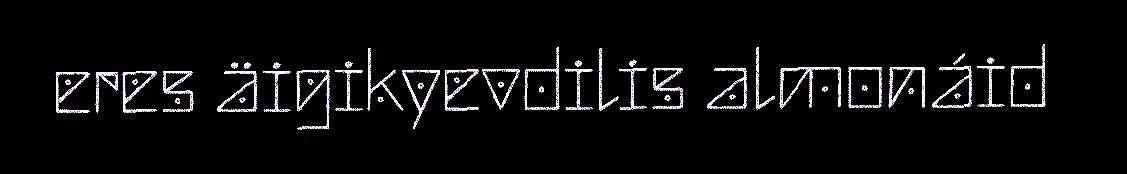
eres äigikyevdilis almonáid